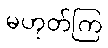
မဟုတ်ကြ